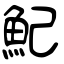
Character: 魢